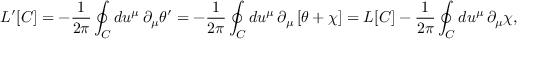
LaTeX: L ^ { \prime } [ C ] = - \frac { 1 } { 2 \pi } \oint _ { C } d u ^ { \mu } \, \partial _ { \mu } \theta ^ { \prime } = - \frac { 1 } { 2 \pi } \oint _ { C } d u ^ { \mu } \, \partial _ { \mu } \left[ \theta + \chi \right] = L [ C ] - \frac { 1 } { 2 \pi } \oint _ { C } d u ^ { \mu } \, \partial _ { \mu } \chi ,